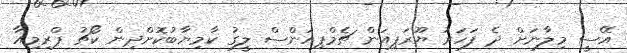
އޭސީ މިލާނަށް ދެ ފަހަރު ޔޫރަޕިއަން ޗެމްޕިއަންސް ލީގު ކާމިޔާބުކޮށްދިން ކޯޗު ޕްރިމިއާ